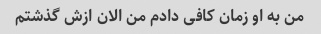
من به او زمان کافی دادم من الان ازش گذشتم